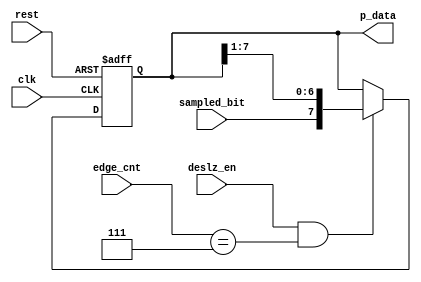
module deserializer(
input wire clk,
input wire rest,
input wire sampled_bit,
input wire deslz_en,
input wire [4:0]edge_cnt,
output reg [7:0]p_data
);


always@(posedge clk , negedge rest)
begin  
   if (!rest)
       begin
            p_data <= 8'b0 ;
	   end
   else if (deslz_en&&edge_cnt==5'b111)
       begin
            p_data <= {sampled_bit,p_data[7:1]};/////////////
       end
    
end 
endmodule